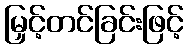
မြှင့်တင်ခြင်းဖြင့်